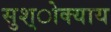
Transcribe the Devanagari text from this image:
सुश्ोक्याय